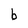
Character: b